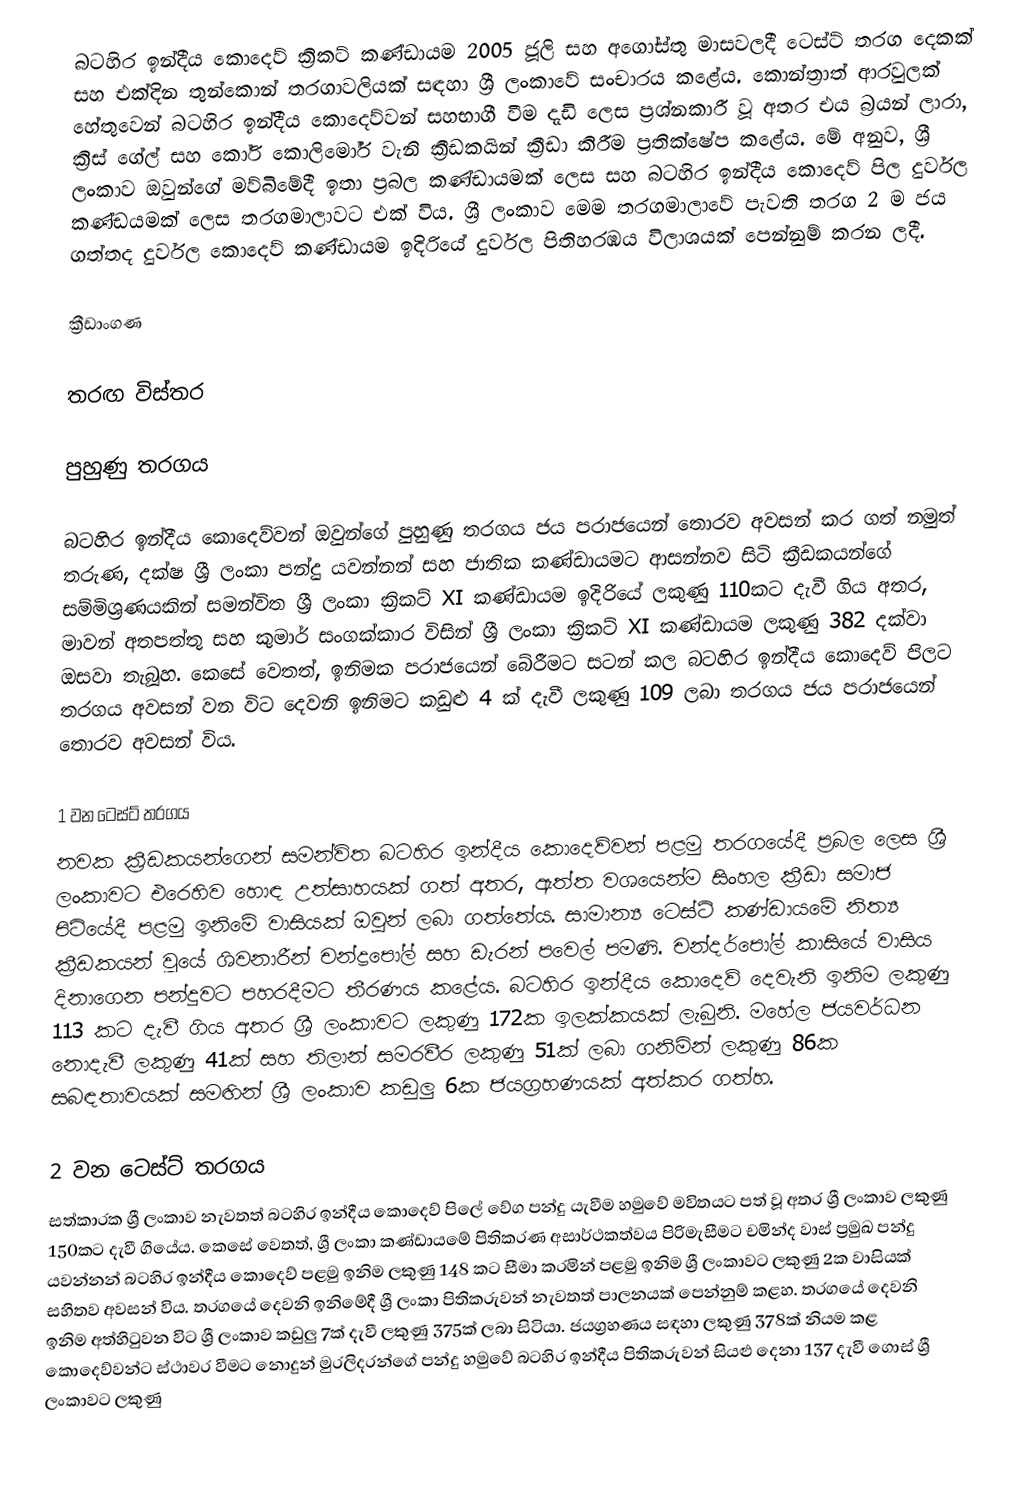
බටහිර ඉන්දීය කොදෙව් ක්‍රිකට් කණ්ඩායම 2005 ජූලි සහ අගෝස්තු මාසවලදී ටෙස්ට් තරග දෙකක් සහ එක්දින තුන්කොන් තරගාවලියක් සඳහා ශ්‍රී ලංකාවේ සංචාරය කළේය. කොන්ත්‍රාත් ආරවුලක් හේතුවෙන් බටහිර ඉන්දීය කොදෙව්වන් සහභාගී වීම දැඩි ලෙස ප්‍රශ්නකාරී වූ අතර එය බ්‍රයන් ලාරා, ක්‍රිස් ගේල් සහ කෝරි කොලිමෝර් වැනි ක්‍රීඩකයින් ක්‍රීඩා කිරීම ප්‍රතික්ෂේප කළේය. මේ අනුව, ශ්‍රී ලංකාව ඔවුන්ගේ මව්බිමේදී ඉතා ප්‍රබල කණ්ඩායමක් ලෙස සහ බටහිර ඉන්දීය කොදෙව් පිල දුර්වල කණ්ඩයමක් ලෙස තරගමාලාවට එක් විය. ශ්‍රී ලංකාව මෙම තරගමාලාවේ පැවති තරග 2 ම ජය ගත්තද දුර්වල කොදෙව් කණ්ඩායම ඉදිරියේ දුර්වල පිතිහරඹය විලාශයක් පෙන්නුම් කරන ලදී.

ක්‍රීඩාංගණ

තරඟ විස්තර

පුහුණු තරගය

බටහිර ඉන්දීය කොදෙව්වන් ඔවුන්ගේ පුහුණු තරගය ජය පරාජයෙන් තොරව අවසන් කර ගත් නමුත් තරුණ, දක්ෂ ශ්‍රී ලංකා පන්දු යවන්නන් සහ ජාතික කණ්ඩායමට ආසන්නව සිටි ක්‍රීඩකයන්ගේ සම්මිශ්‍රණයකින් සමන්විත ශ්‍රී ලංකා ක්‍රිකට් XI කණ්ඩායම ඉදිරියේ ලකුණු 110කට දැවී ගිය අතර, මාවන් අතපත්තු සහ කුමාර් සංගක්කාර විසින් ශ්‍රී ලංකා ක්‍රිකට් XI කණ්ඩායම ලකුණු 382 දක්වා ඔසවා තැබූහ. කෙසේ වෙතත්, ඉනිමක පරාජයෙන් බේරීමට සටන් කල බටහිර ඉන්දීය කොදෙව් පිලට තරගය අවසන් වන විට දෙවනි ඉනිමට කඩුළු 4 ක් දැවී ලකුණු 109 ලබා තරගය ජය පරාජයෙන් තොරව අවසන් විය.

1 වන ටෙස්ට් තරගය
නවක ක්‍රීඩකයන්ගෙන් සමන්විත බටහිර ඉන්දීය කොදෙව්වන් පළමු තරගයේදී ප්‍රබල ලෙස ශ්‍රී ලංකාවට එරෙහිව හොඳ උත්සාහයක් ගත් අතර, ඇත්ත වශයෙන්ම සිංහල ක්‍රීඩා සමාජ පිටියේදී පළමු ඉනිමේ වාසියක් ඔවුන් ලබා ගත්තේය. සාමාන්‍ය ටෙස්ට් කණ්ඩායමේ නිත්‍ය ක්‍රීඩකයන් වූයේ ශිවනාරීන් චන්ද්‍රපෝල් සහ ඩැරන් පවෙල් පමණි. චන්දර්පෝල් කාසියේ වාසිය දිනාගෙන පන්දුවට පහරදීමට තීරණය කළේය. බටහිර ඉන්දීය කොදෙව් දෙවැනි ඉනිම ලකුණු 113 කට දැවී ගිය අතර ශ්‍රී ලංකාවට ලකුණු 172ක ඉලක්කයක් ලැබුනි. මහේල ජයවර්ධන නොදැවී ලකුණු 41ක් සහ තිලාන් සමරවීර ලකුණු 51ක් ලබා ගනිමින් ලකුණු 86ක සබඳතාවයක් සමඟින් ශ්‍රී ලංකාව කඩුලු 6ක ජයග්‍රහණයක් අත්කර ගත්හ.

2 වන ටෙස්ට් තරගය
සත්කාරක ශ්‍රී ලංකාව නැවතත් බටහිර ඉන්දීය කොදෙව් පිලේ වේග පන්දු යැවීම හමුවේ මවිතයට පත් වූ අතර ශ්‍රී ලංකාව ලකුණු 150කට දැවී ගියේය. කෙසේ වෙතත්, ශ්‍රී ලංකා කණ්ඩායමේ පිතිකරණ අසාර්ථකත්වය පිරිමැසීමට චමින්ද වාස් ප්‍රමුඛ පන්දු යවන්නන් බටහිර ඉන්දීය කොදෙව් පළමු ඉනිම ලකුණු 148 කට සීමා කරමින් පළමු ඉනිම ශ්‍රී ලංකාවට ලකුණු 2ක වාසියක් සහිතව අවසන් විය. තරගයේ දෙවනි ඉනිමේදී ශ්‍රී ලංකා පිතිකරුවන් නැවතත් පාලනයක් පෙන්නුම් කළහ. තරගයේ දෙවනි ඉනිම අත්හිටුවන විට ශ්‍රී ලංකාව කඩුලු 7ක් දැවී ලකුණු 375ක් ලබා සිටියා. ජයග්‍රහණය සඳහා ලකුණු 378ක් නියම කළ කොදෙව්වන්ට ස්ථාවර වීමට නොදුන් මුරලිදරන්ගේ පන්දු හමුවේ බටහිර ඉන්දීය පිතිකරුවන් සියළු දෙනා 137 දැවී ගොස් ශ්‍රී ලංකාවට ලකුණු